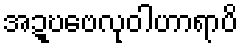
အဍ္ဎဗေလုဝါဟာရာပိ